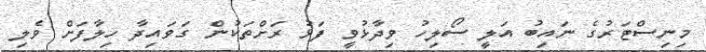
މިނިސްޓަރުގެ ނައިބު އަލީ ސޯލިހު ވިދާޅުވީ ފަޅު ރަށްތަކުން ގަވައިދާ ހިލާފަށް ވެލި